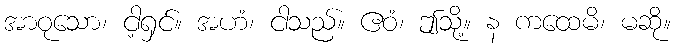
အာဝုသော၊ ငါ့ရှင်။ အဟံ၊ ငါသည်။ ဧဝံ၊ ဤသို့။ န ကထေမိ၊ မဆို။